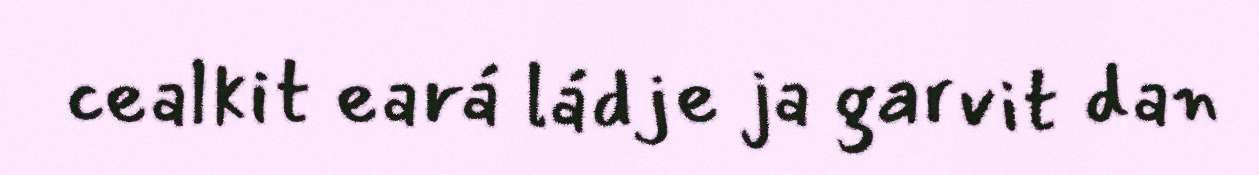
cealkit eará ládje ja garvit dan